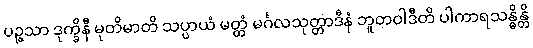
ပဉ္ဇသာ ဒုက္ခိနီ မုတိမာတိ သပ္ပာယံ မတ္တံ မင်္ဂလသုတ္တာဒီနံ ဘူတဝါဒီတိ ပါကာရသန္ဓိန္တိ